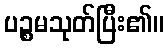
ပဉ္စမသုတ်ပြီး၏။